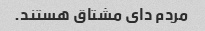
مردم دای مشتاق هستند.